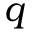
q